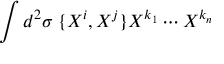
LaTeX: \int d ^ { 2 } \sigma \; \{ X ^ { i } , X ^ { j } \} X ^ { k _ { 1 } } \cdots X ^ { k _ { n } }